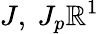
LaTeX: J,\ J_{p}\mathbb{R}^{1}